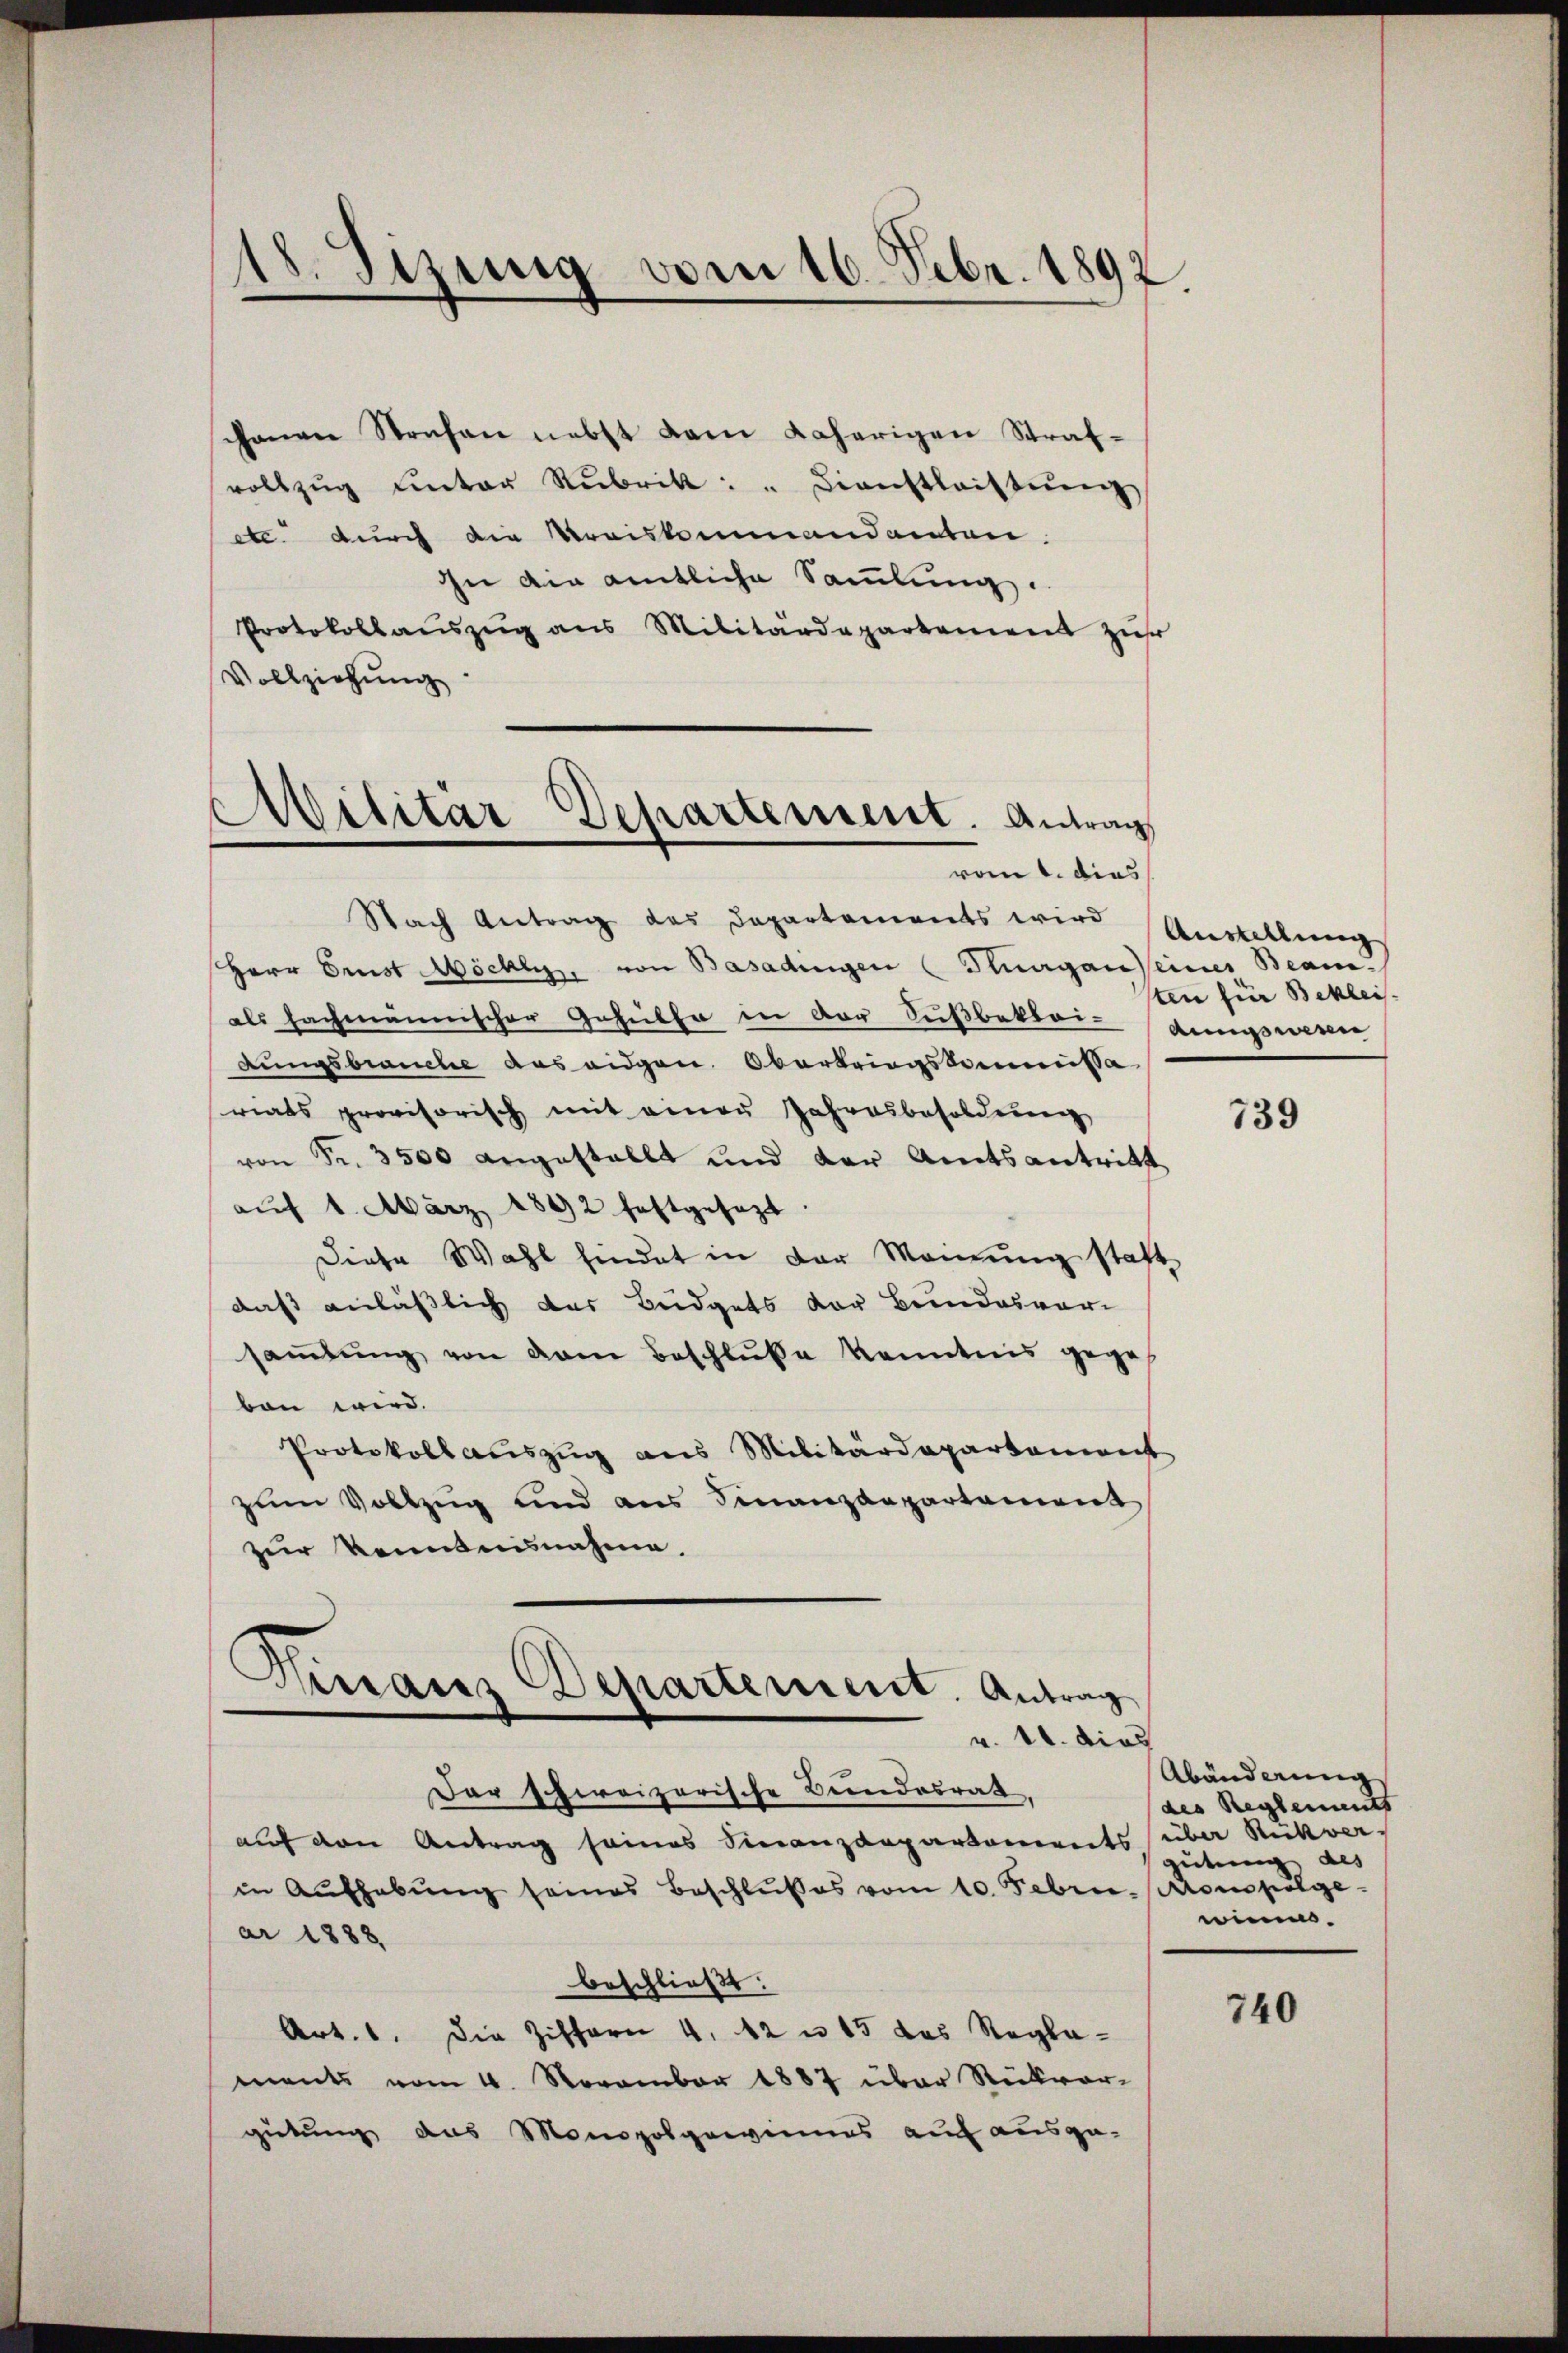
chanen Strafen nebst dem daherigen Straf-
vollzŭg unter Rubrik: " Dienstleistŭng
etc durch die Kreiskommandanten.
Ihn die amtliche Sammlung.
Protokollaŭszŭg ans Militärdepartement zur
Vollziehung
Nach Antrag des Departements wird
Herr Ernst Möchli, von Basadingen (Thurgau seines Beamals fachmännischer Gehülfer in der Süβbekleidungswesen
dungsbrauche das eidgen. Oberbringskommissa
riats provisorisch mit einen Jahresbesoldung
von Fr. 3500 angestellt und der Amtsantritt
aŭf 1. März 1892 festgesezt.
Diese Wahl findet in der Meinung statt
daß anläßlich das Büdgets der Bundesvor
saṁlŭng von dem Beschluße kenntnis gege
ben wird.
Protokoll aŭszŭg ans Militärdepartement
zum Vollzug und aus Finanzdepartament
zur Kenntnisnahme.

18. Jizung vom 16. Febr. 1892

Militär-Departement. Antrag
vom 1. dies

Girranz Departement. Antrag
v. 10. dies

Der Ehereizerische Bundesrath,
auf den Antrag seines Finanzdepartements über Rückver-
in Aŭfhebŭng seines Beschlußes vom 10. Febr. compölgear 1888.
beschließt:
Art. 1. Die Ziffern 4, 42 u. 15 das Reglements vom 4. November 1887 über Rückvor-
gütung aus Monopolgewinnes auf ausge-

Austellung
ten für Bekleis

739

Abänderung
des Reglements
gütung des
wimme.

740